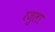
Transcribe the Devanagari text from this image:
रजुला